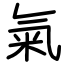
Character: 氣